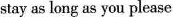
stay as long as you please